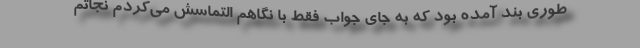
طوری بند آمده بود که به جای جواب فقط با نگاهم التماسش می‌کردم نجاتم